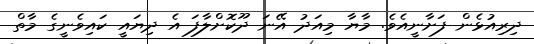
ދިރިއުޅެން ފަށާނީއެވެ. މާޔާ މިއަދު އޭނަ ދޫކޮށްލާފަ އެ ދިޔައީ ކައިވެނީގެ މާތް